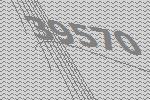
39570